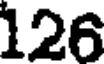
126